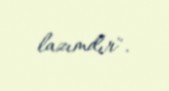
lazımdır".